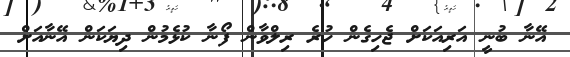
އޭނާ ބުނީ އަރިއަކަށް ޖެހިގެން ހުރެ ރިލްވާން ފޯނާ ކުޅެމުން ދިޔަކަން އޭނާއަށް